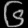
Digit: ၆